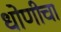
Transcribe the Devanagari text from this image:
धोणीचा